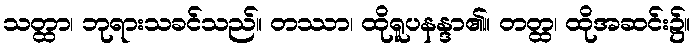
သတ္ထာ၊ ဘုရားသခင်သည်။ တဿာ၊ ထိုရူပနန္ဒာ၏။ တတ္ထ၊ ထိုအဆင်း၌။